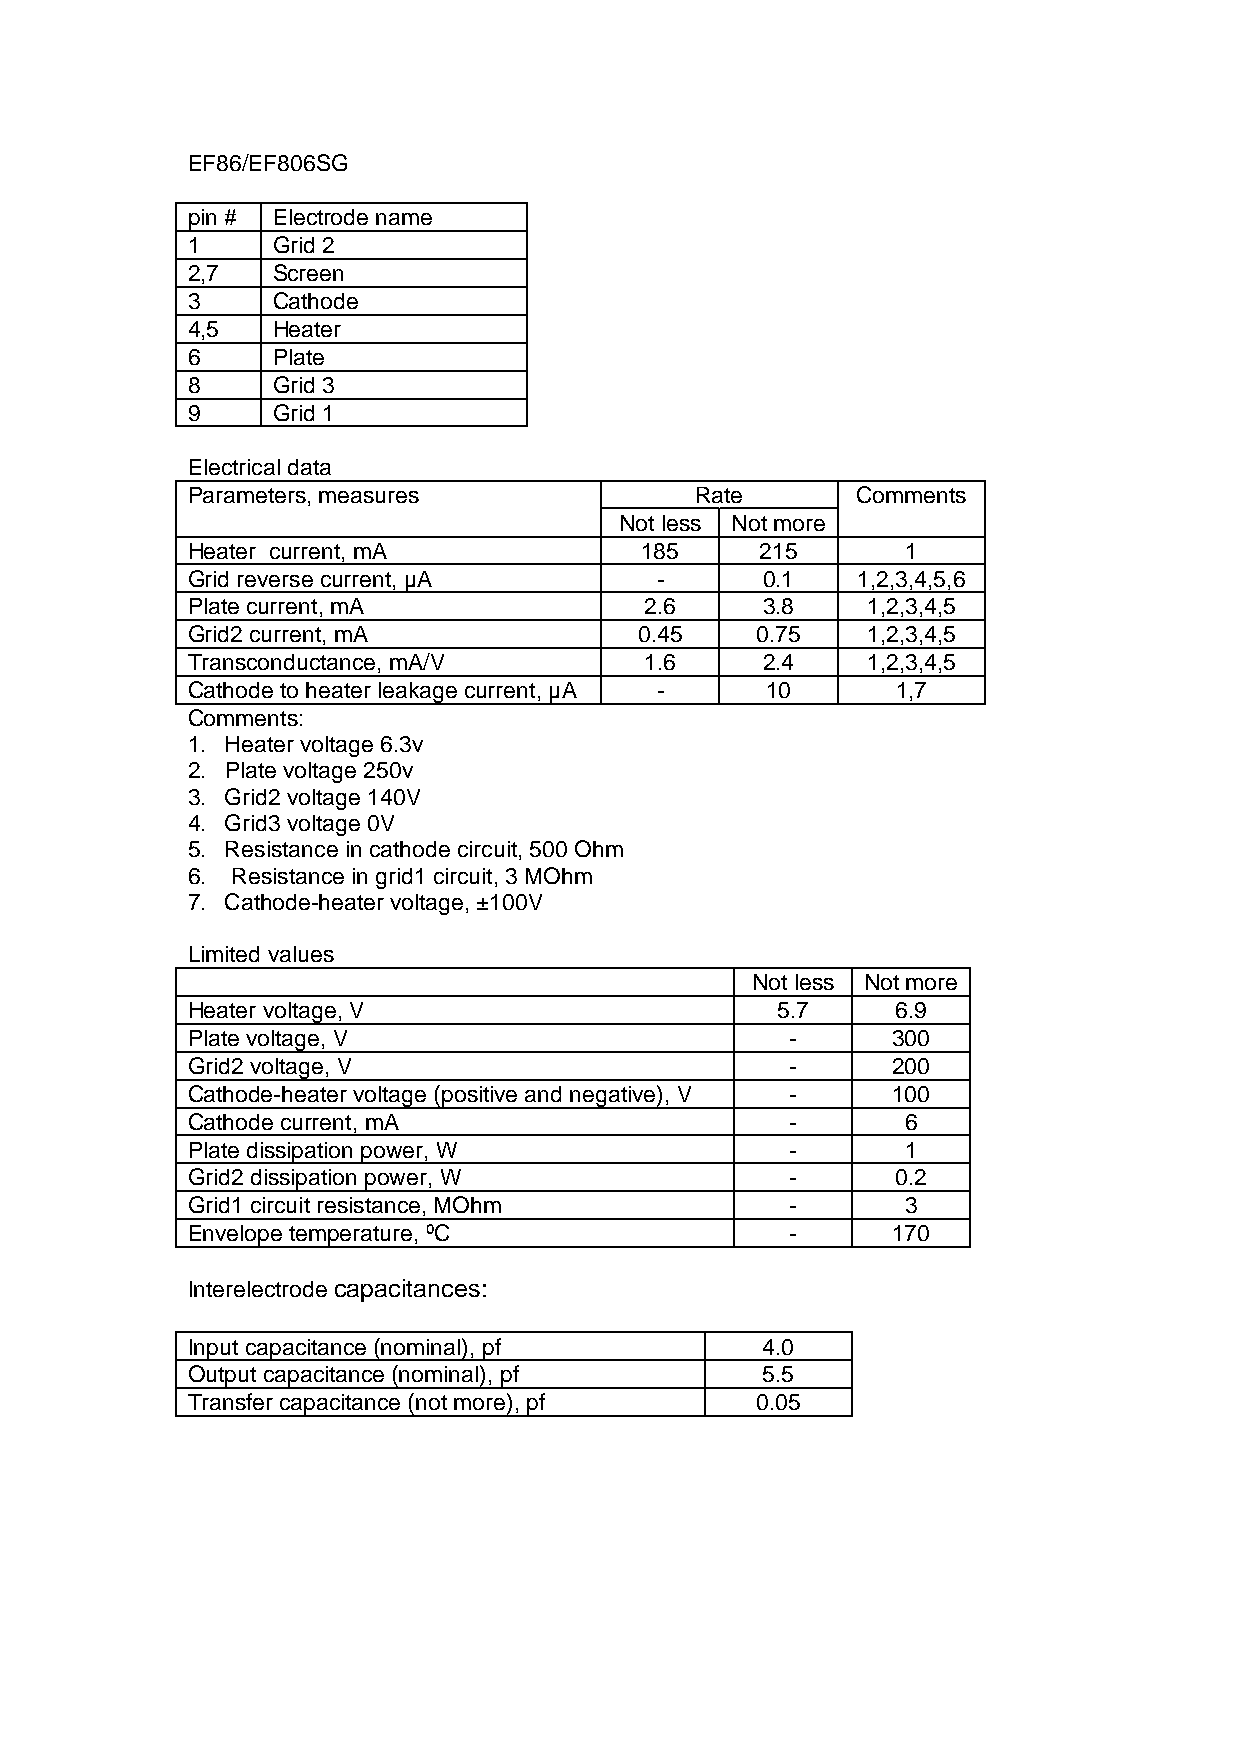
EF86/EF806SG
 pin # Electrode name
 1     Grid 2
 2,7   Screen
 3     Cathode
 4,5   Heater
 6     Plate
 8     Grid 3
 9     Grid 1
 Electrical data
 Parameters, measures              Rate       Comments
 Not less Not more
 Heater current, mA            185     215       1
 Grid reverse current, µA       -      0.1    1,2,3,4,5,6
 Plate current, mA              2.6    3.8    1,2,3,4,5
 Grid2 current, mA             0.45    0.75   1,2,3,4,5
 Transconductance, mA/V         1.6    2.4    1,2,3,4,5
 Cathode to heater leakage current, µA - 10     1,7
 Comments:
 1. Heater voltage 6.3v
 2. Plate voltage 250v
 3. Grid2 voltage 140V
 4. Grid3 voltage 0V
 5. Resistance in cathode circuit, 500 Ohm
 6. Resistance in grid1 circuit, 3 MOhm
 7. Cathode-heater voltage, ±100V
 Limited values
 Not less Not more
 Heater voltage, V                      5.7     6.9
 Plate voltage, V                        -      300
 Grid2 voltage, V                        -      200
 Cathode-heater voltage (positive and negative), V - 100
 Cathode current, mA                     -       6
 Plate dissipation power, W              -       1
 Grid2 dissipation power, W              -      0.2
 Grid1 circuit resistance, MOhm          -       3
 Envelope temperature, ºC                -      170
 Interelectrode capacitances:
 Input capacitance (nominal), pf       4.0
 Output capacitance (nominal), pf      5.5
 Transfer capacitance (not more), pf   0.05